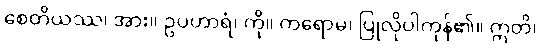
စေတိယဿ၊ အား။ ဥပဟာရံ၊ ကို။ ကရောမ၊ ပြုလိုပါကုန်၏။ ဣတိ၊